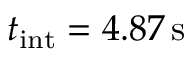
t _ { \mathrm { i n t } } = 4 . 8 7 \, \mathrm s